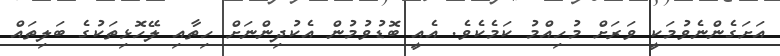
އަށަގެންނެވުމަކީ ވަރަށް މުހިއްމު ކަމެކެވެ. އެއީ ބޮޑުވުމުން އެކުދިންނަށް ހިތާއި ލޭހޮޅިތަކުގެ ބަލިތައް